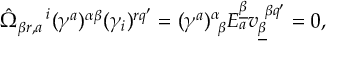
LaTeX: \hat { \Omega } _ { \beta r , a } ^ { ~ ~ ~ ~ i } ( \gamma ^ { a } ) ^ { \alpha \beta } ( \gamma _ { i } ) ^ { r q ^ { \prime } } = ( \gamma ^ { a } ) _ { ~ \beta } ^ { \alpha } E _ { a } ^ { \underline { { \beta } } } v _ { \underline { { \beta } } } ^ { ~ \beta q ^ { \prime } } = 0 ,